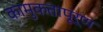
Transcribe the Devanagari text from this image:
कामुकतापूर्ण